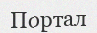
Портал